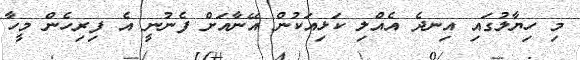
މި ހިޔާލުގައި އިނދެ އެއްލި ކަޅިއަކުން އޭނާއަށް ފެނުނީ އެ ފިރިހެން މީހާ